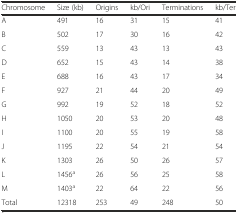
<table><thead><tr><td><b>Chromosome</b></td><td><b>Size (kb)</b></td><td><b>Origins</b></td><td><b>kb/Ori</b></td><td><b>Terminations</b></td><td><b>kb/Ter</b></td></tr></thead><tbody><tr><td>A</td><td>491</td><td>16</td><td>31</td><td>15</td><td>41</td></tr><tr><td>B</td><td>502</td><td>17</td><td>30</td><td>16</td><td>42</td></tr><tr><td>C</td><td>559</td><td>13</td><td>43</td><td>13</td><td>43</td></tr><tr><td>D</td><td>652</td><td>15</td><td>43</td><td>14</td><td>38</td></tr><tr><td>E</td><td>688</td><td>16</td><td>43</td><td>17</td><td>34</td></tr><tr><td>F</td><td>927</td><td>21</td><td>44</td><td>20</td><td>49</td></tr><tr><td>G</td><td>992</td><td>19</td><td>52</td><td>18</td><td>52</td></tr><tr><td>H</td><td>1050</td><td>20</td><td>53</td><td>20</td><td>48</td></tr><tr><td>I</td><td>1100</td><td>20</td><td>55</td><td>19</td><td>58</td></tr><tr><td>J</td><td>1195</td><td>22</td><td>54</td><td>21</td><td>54</td></tr><tr><td>K</td><td>1303</td><td>26</td><td>50</td><td>26</td><td>57</td></tr><tr><td>L</td><td>1456<sup>a</sup></td><td>26</td><td>56</td><td>25</td><td>58</td></tr><tr><td>M</td><td>1403<sup>a</sup></td><td>22</td><td>64</td><td>22</td><td>56</td></tr><tr><td>Total</td><td>12318</td><td>253</td><td>49</td><td>248</td><td>50</td></tr></tbody></table>